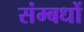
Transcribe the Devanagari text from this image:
संम्बधों